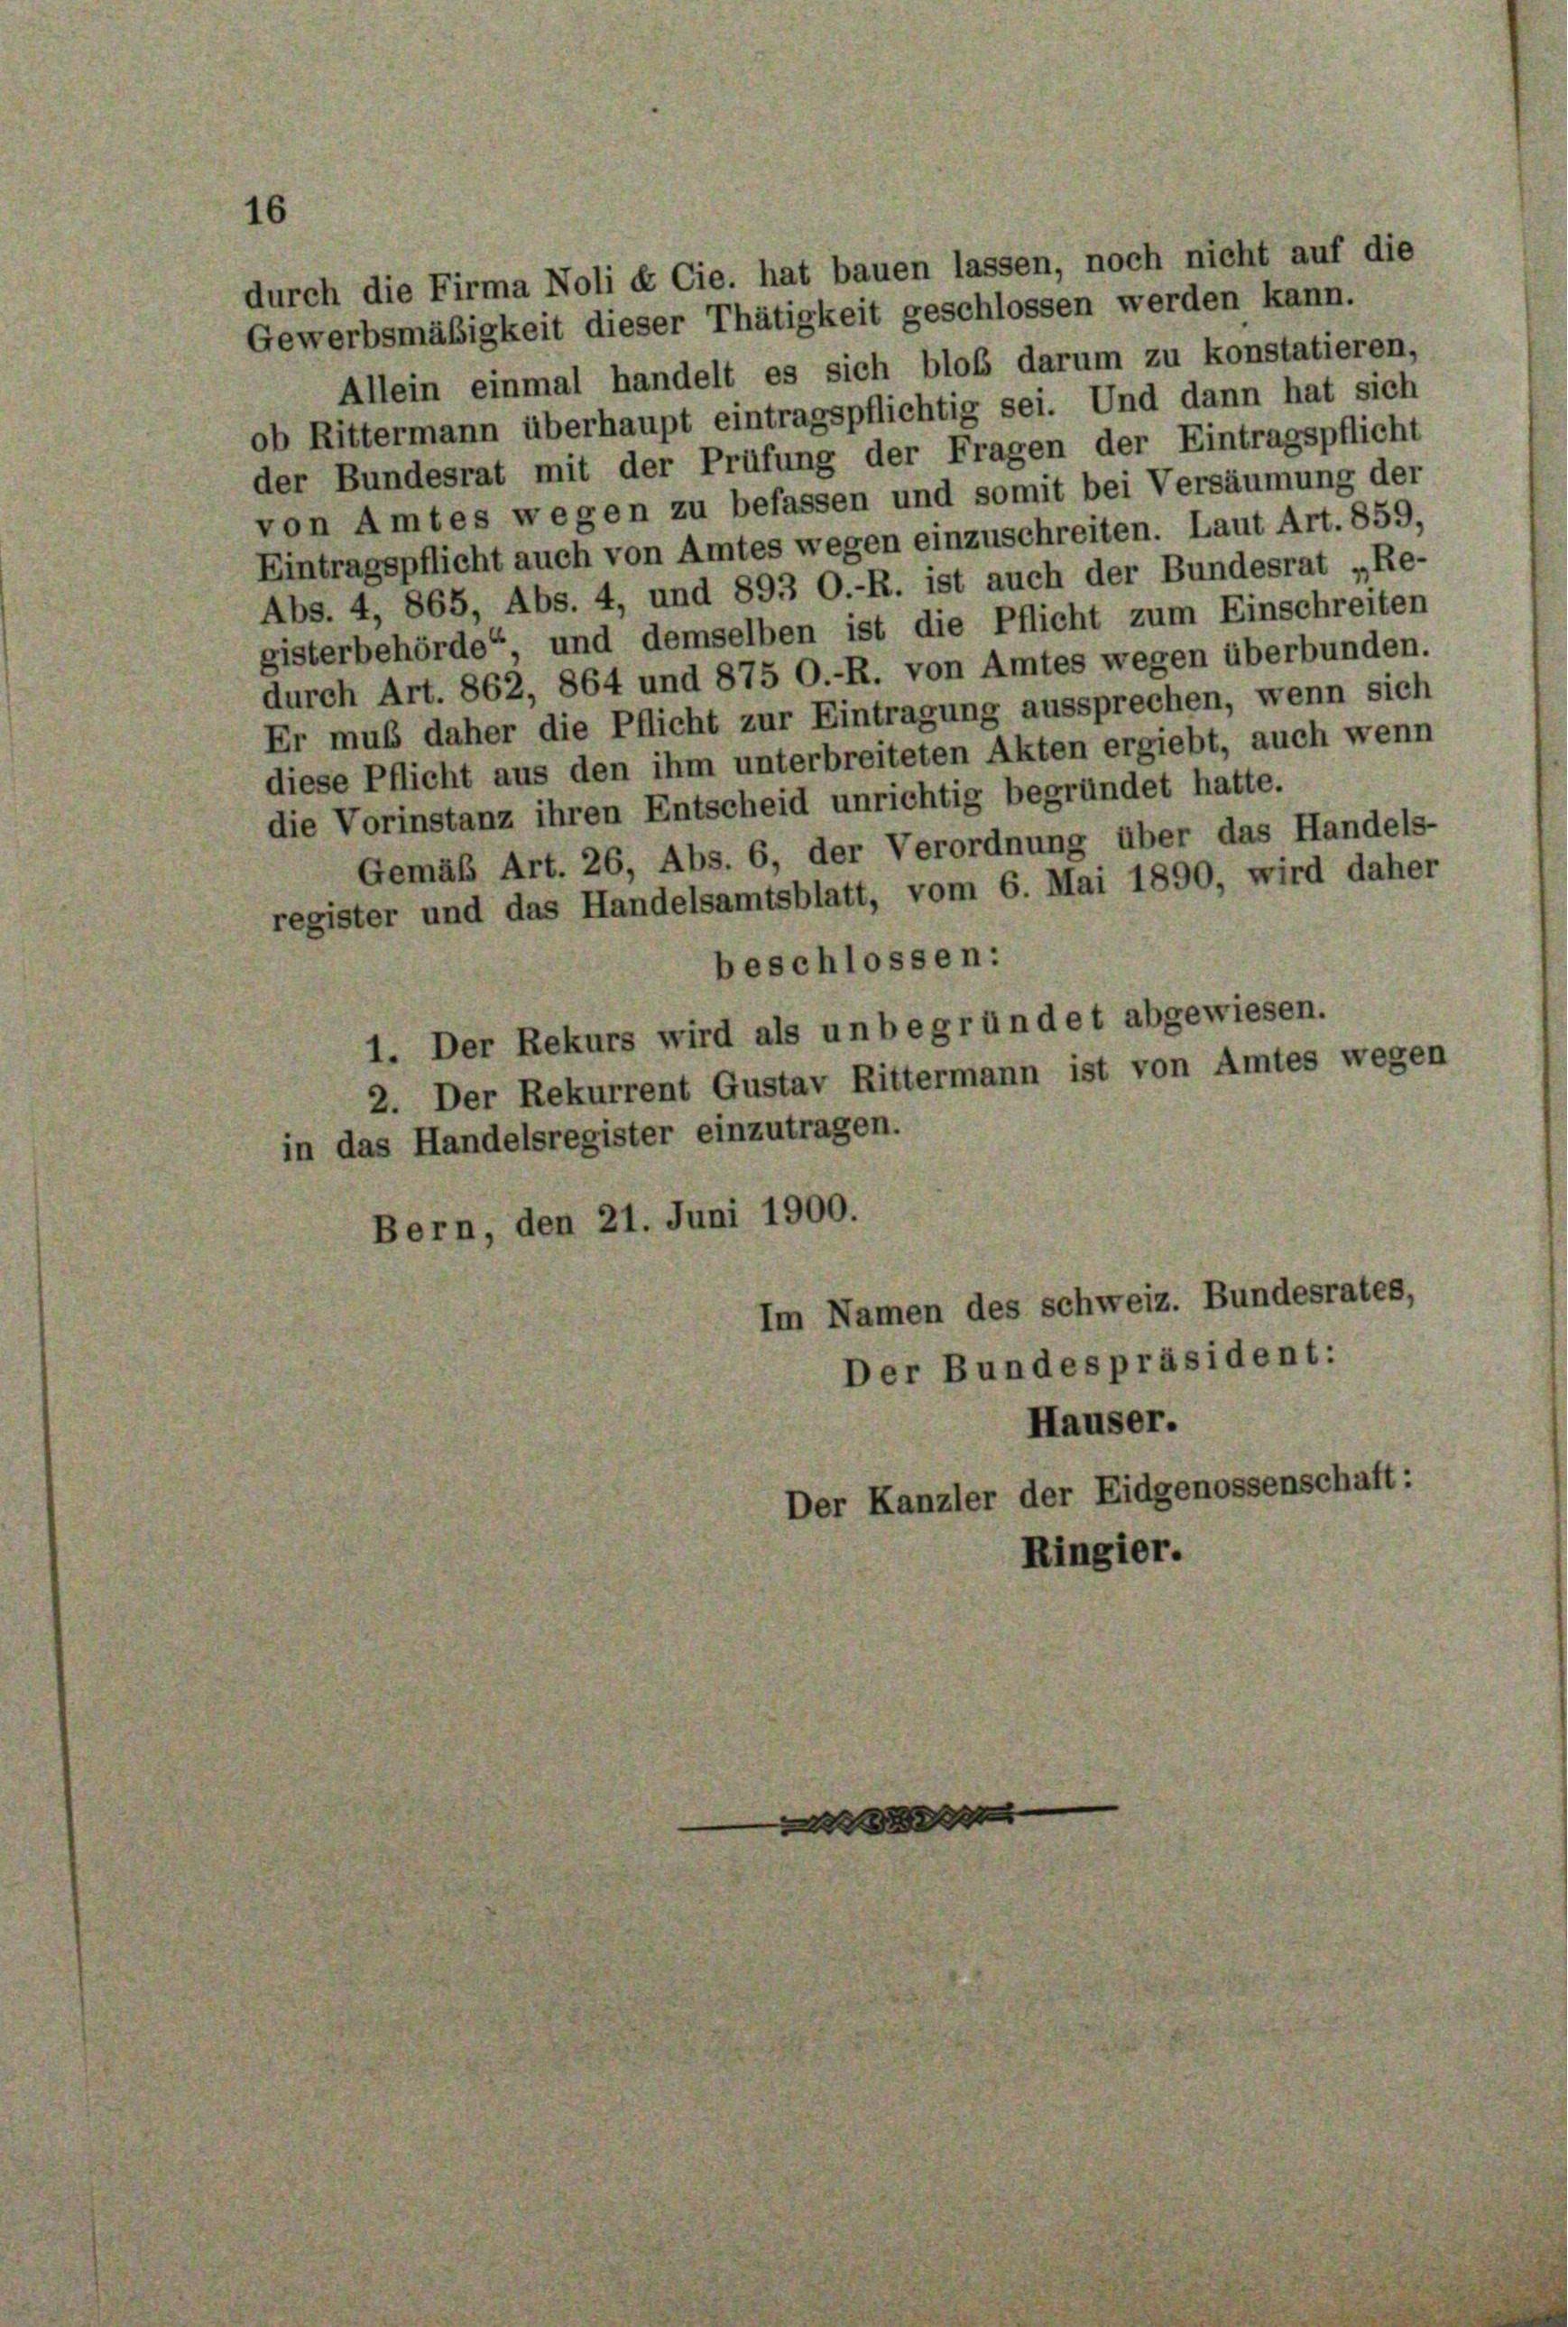
durch die Firma Noli & Cie. hat bauen lassen, noch nicht auf die
Gewerbsmäßigkeit dieser Thätigkeit geschlossen werden kann.
Allein einmal handelt es sich bloß darum zu konstatieren,

16

ob Rittermann überhaupt eintragspflichtig sei. Und dann hat sich
der Bundesrat mit der Prüfung der Fragen der Eintragspflicht
von Amtes wegen zu befassen und somit bei Versäumung der
Eintragspflicht auch von Amtes wegen einzuschreiten. Laut Art. 859,
Abs. 4, 865, Abs. 4, und 893 O.-R. ist auch der Bundesrat „Re-
gisterbehörde“, und demselben ist die Pflicht zum Einschreiten
durch Art. 862, 864 und 875 O.-R. von Amtes wegen überbunden.
Er mus daher die Pflicht zur Eintragung aussprechen, wenn sich
diese Pflicht aus den ihm unterbreiteten Akten ergiebt, auch wenn
die Vorinstanz ihren Entscheid unrichtig begründet hatte.
Gemäß Art. 26, Abs. 6, der Verordnung über das Handels-
register und das Handelsamtsblatt, vom 6. Mai 1890, wird daher
beschlossen:
1. Der Rekurs wird als unbegründet abgewiesen.
2. Der Rekurrent Gustav Rittermann ist von Amtes wegen
in das Handelsregister einzutragen.
Bern, den 21. Juni 1900.
Im Namen des schweiz. Bundesrates,
Der Bundespräsident:
Häuser.
Der Kanzler der Eidgenossenschaft:
Ringier.